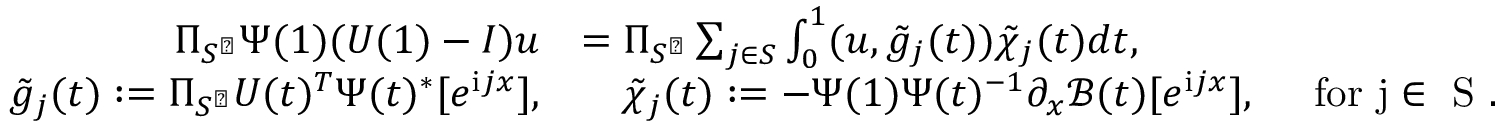
\begin{array} { r l } { \Pi _ { S ^ { \perp } } \Psi ( 1 ) ( U ( 1 ) - I ) u } & { = \Pi _ { S ^ { \perp } } \sum _ { j \in S } \int _ { 0 } ^ { 1 } ( u , \tilde { g } _ { j } ( t ) ) \tilde { \chi } _ { j } ( t ) d t , } \\ { \tilde { g } _ { j } ( t ) : = \Pi _ { S ^ { \perp } } U ( t ) ^ { T } \Psi ( t ) ^ { * } [ e ^ { \mathrm { i } j x } ] , } & { \quad \tilde { \chi } _ { j } ( t ) : = - \Psi ( 1 ) \Psi ( t ) ^ { - 1 } \partial _ { x } \mathcal { B } ( t ) [ e ^ { \mathrm { i } j x } ] , \quad \mathrm { ~ f o r ~ j \in ~ S ~ } . } \end{array}